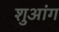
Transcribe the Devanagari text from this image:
शुआंग